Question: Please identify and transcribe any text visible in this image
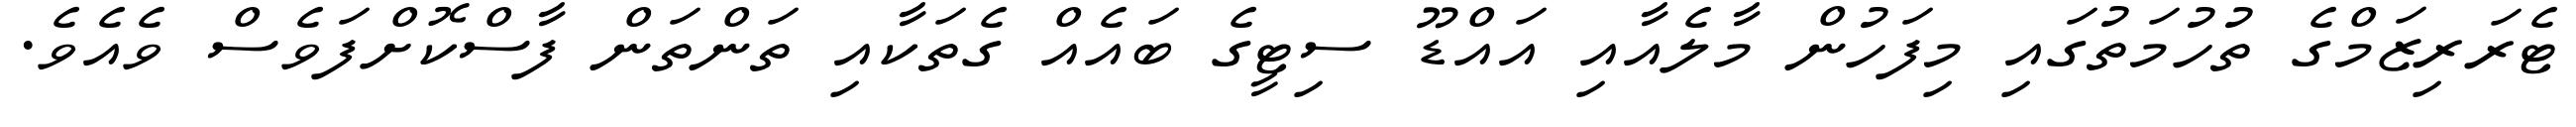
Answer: ޓެރަރިޒަމްގެ ތުހުމަތުގައި މިފަހުން މާލެއާއި އައްޑޫ ސިޓީގެ ބައެއް ގެތަކާއި ތަންތަން ފާސްކޮށްފަވެސް ވެއެވެ.